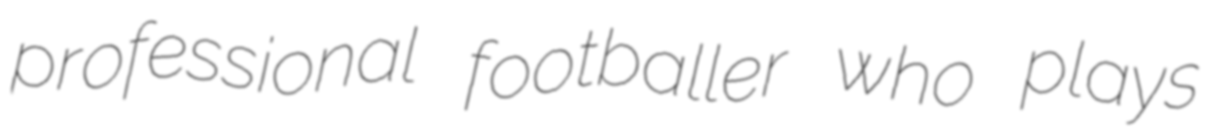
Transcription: professional footballer who plays